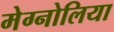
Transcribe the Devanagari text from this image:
मेग्नोलिया